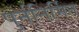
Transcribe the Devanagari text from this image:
पुर्ननिर्मित